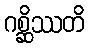
ဂစ္ဆိဿတိ